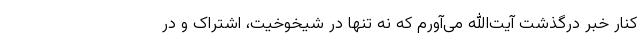
کنار خبر درگذشت آیت‌الله می‌آورم که نه تنها در شیخوخیت، اشتراک و در